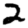
Digit: 2